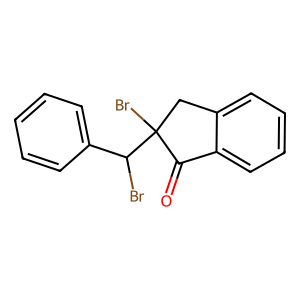
SMILES: O=C1c2ccccc2CC1(Br)C(Br)c1ccccc1
Inhibits HIV replication: No